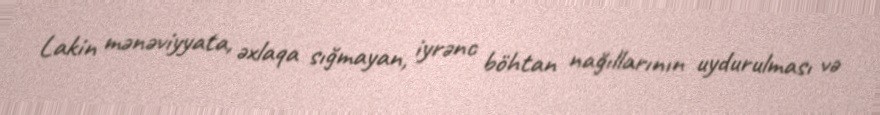
Lakin mənəviyyata, əxlaqa sığmayan, iyrənc böhtan nağıllarının uydurulması və